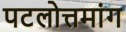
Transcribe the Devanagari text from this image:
पटलोत्तमांग